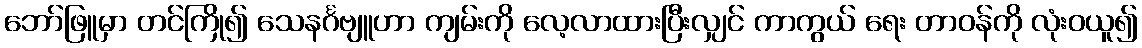
ဘော်ဖြူမှာ တင်ကြို၍ သေနင်္ဂဗျူဟာ ကျမ်းကို လေ့လာထားပြီးလျှင် ကာကွယ် ရေး တာဝန်ကို လုံးဝယူ၍